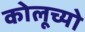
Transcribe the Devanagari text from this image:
कोलूच्यो